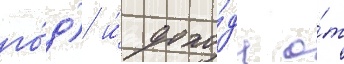
го́д) и́ дохо́да о́т